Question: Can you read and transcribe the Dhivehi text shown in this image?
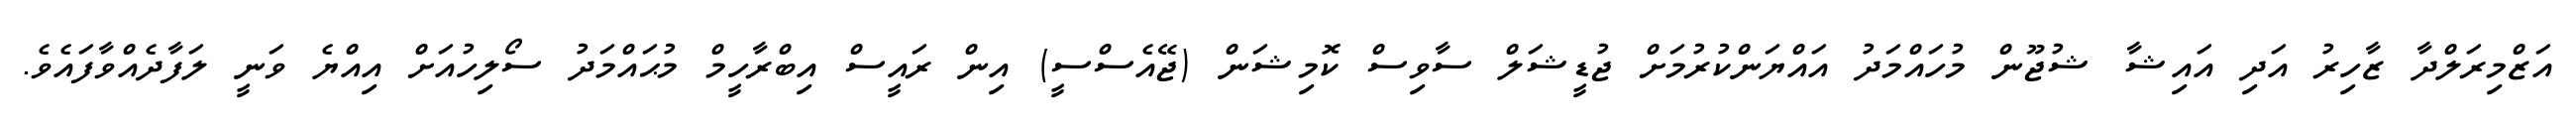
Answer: އަޒްމިރަލްދާ ޒާހިރު އަދި އައިޝާ ޝުޖޫން މުހައްމަދު އައްޔަންކުރުމަށް ޖުޑީޝަލް ސާވިސް ކޮމިޝަން (ޖޭއެސްސީ) އިން ރައީސް އިބްރާހީމް މުޙައްމަދު ސޯލިހުއަށް އިއްޔެ ވަނީ ލަފާދެއްވާފައެވެ.